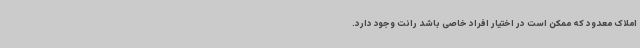
املاک معدود که ممکن است در اختیار افراد خاصی باشد رانت وجود دارد.